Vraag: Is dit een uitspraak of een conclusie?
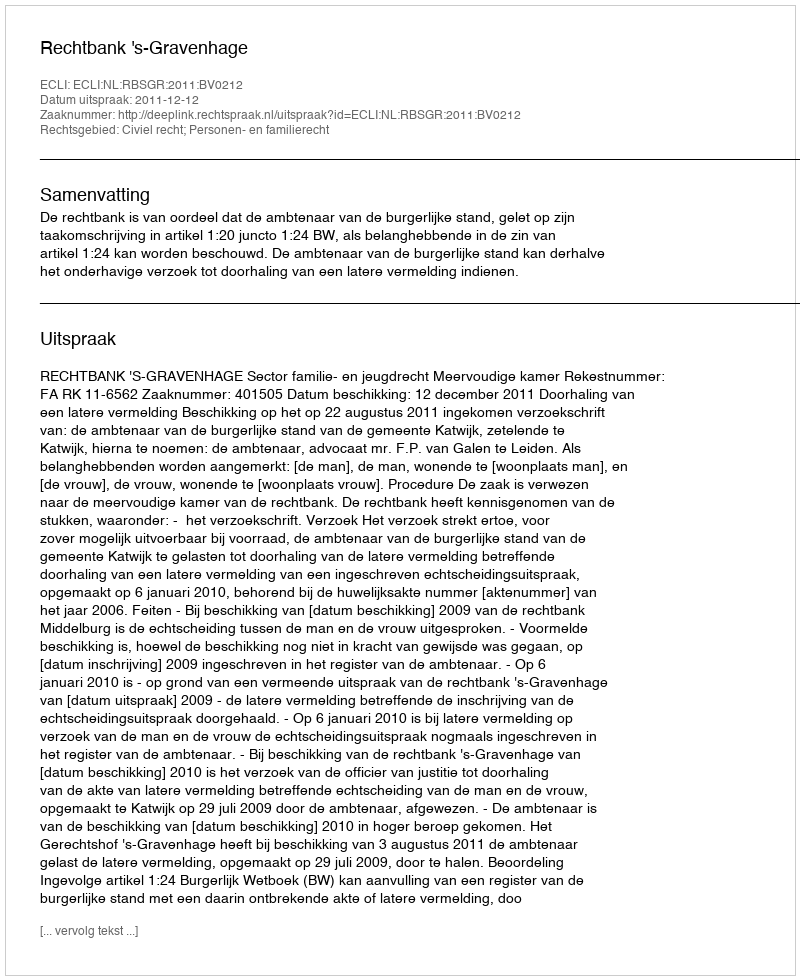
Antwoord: Uitspraak